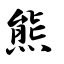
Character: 熊